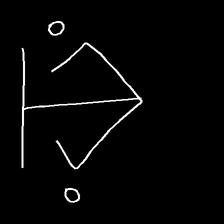
Glyph: earth